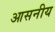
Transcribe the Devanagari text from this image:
आसनीय